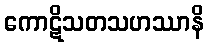
ကောဋိသတသဟဿာနိ